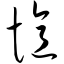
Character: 忆